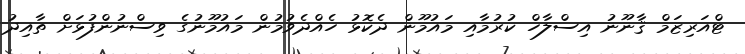
ޓްއަރިޒަމް ޤާނޫނު އިސްލާހް ކުރުމާއި މައުމޫން ދެކޮޅު ހެއްދެވުމުން މައުމޫނުގެ ވިސްނުންފުޅަށް ތާއިދު